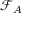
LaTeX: { \mathcal { F } } _ { A }